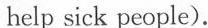
help sick people).